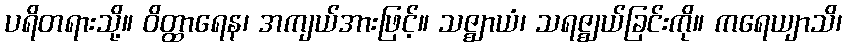
ပရိတရားသို့။ ဝိတ္ထာရေန၊ အကျယ်အားဖြင့်။ သဇ္ဈာယံ၊ သရဇ္ဈယ်ခြင်းကို။ ကရေယျာသိ၊